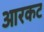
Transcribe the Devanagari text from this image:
आरकट